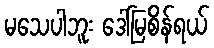
မသေပါဘူး ဒေါ်မြစိန်ရယ်